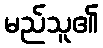
မည်သူ၏